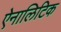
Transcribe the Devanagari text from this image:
ऐनालिटिक